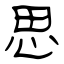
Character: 思